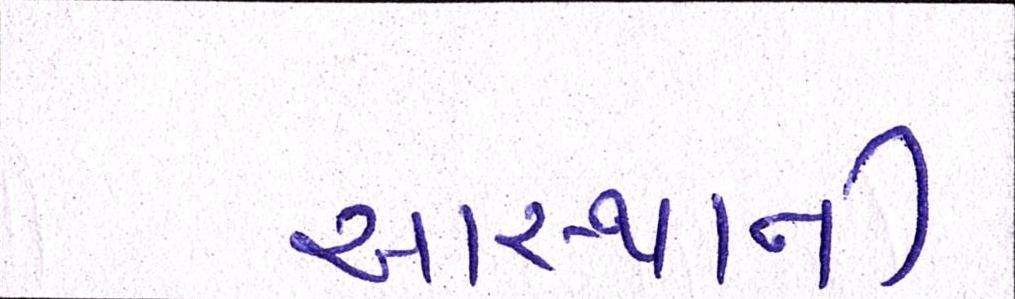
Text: આસ્થાની